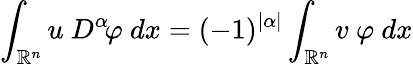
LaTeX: \int_{\mathbb{R}^{n}}u\ D^{\alpha}\! \varphi\ dx=(-1)^{|\alpha|}\int_{\mathbb{R}^{n}}v\ \varphi\ dx